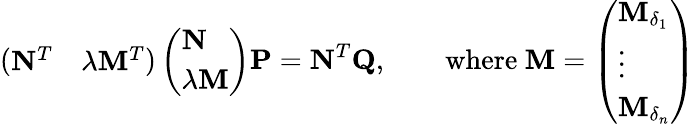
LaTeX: \left(\begin{array}{ll}{\mathbf{N}^{T}}&{\lambda\mathbf{M}^{T}}\end{array}\right)\left(\begin{array}{l}{\mathbf{N}}\\ {\lambda\mathbf{M}}\end{array}\right)\mathbf{P}=\mathbf{N}^{T}\mathbf{Q},\qquad\mathrm{where~}\mathbf{M}=\left(\begin{array}{l}{\mathbf{M}_{\delta_{1}}}\\ {\vdots}\\ {\mathbf{M}_{\delta_{n}}}\end{array}\right)